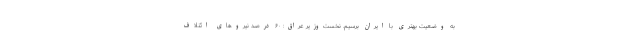
به وضعیت بهتری با ایران برسیم. نخست‌وزیر عراق: ۶۰ درصد نیروهای ائتلاف